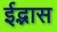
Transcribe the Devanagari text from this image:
ईद्भास